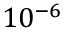
1 0 ^ { - 6 }